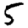
Digit: 5